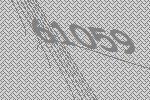
61059